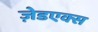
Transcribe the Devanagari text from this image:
ज़ेडएक्स